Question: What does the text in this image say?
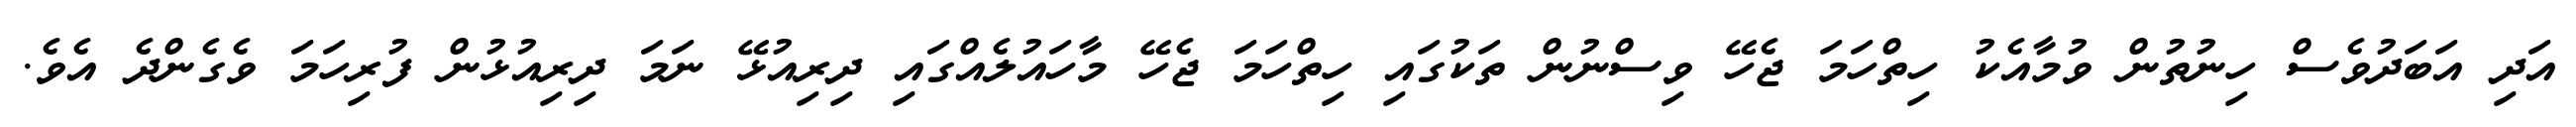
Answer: އަދި އަބަދުވެސް ހިނުތުން ވުމާއެކު ހިތްހަމަ ޖެހޭ ވިސްނުން ތަކުގައި ހިތްހަމަ ޖެހޭ މާހައުލެއްގައި ދިރިއުޅޭ ނަމަ ދިރިއުޅުން ފުރިހަމަ ވެގެންދެ އެވެ.